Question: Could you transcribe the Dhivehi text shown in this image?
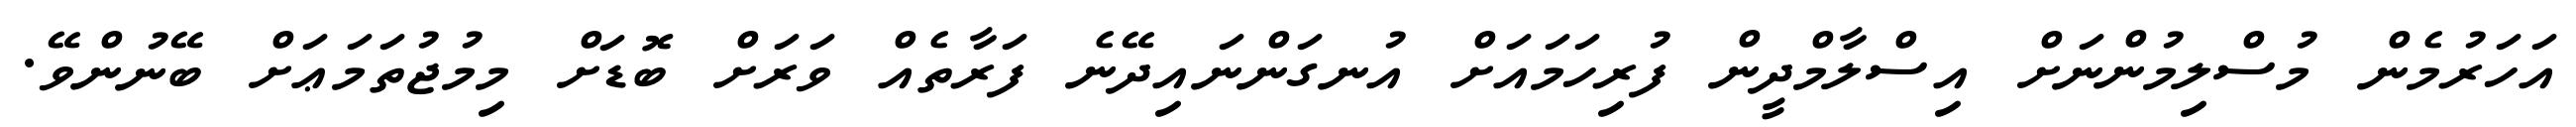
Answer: އަހަރުމެން މުސްލިމުންނަށް އިސްލާމްދީން ފުރިހަމައަށް އުނގަންނައިދޭނެ ފަރާތެއް ވަރަށް ބޮޑަށް މިމުޖުތަމަޢަށް ބޭނުންވޭ.